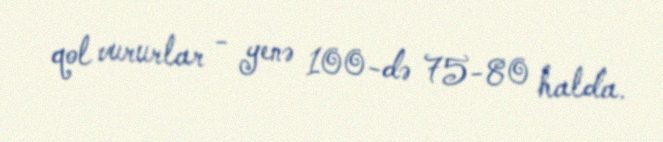
qol vururlar - yenə 100-də 75-80 halda.